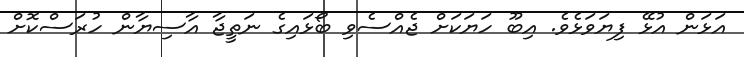
އަޅަން އުޅޭ ފިޔަވަޅެވެ. އިބޫ ހަޔަކަށް ޖެއްސެވި ބޯޅައިގެ ނަތީޖާ އާސިޔާން ހުރަސްކޮށް